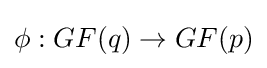
\phi :GF(q)\to GF(p)